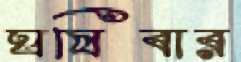
ঘষিবার